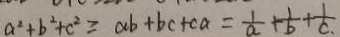
a ^ { 2 } + b ^ { 2 } + c ^ { 2 } \geq a b + b c + c a = \frac { 1 } { a } + \frac { 1 } { b } + \frac { 1 } { c } .